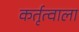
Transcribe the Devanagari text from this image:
कर्तृत्वाला